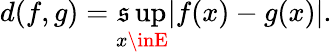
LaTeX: d(f,g)=\operatorname*{\mathfrak{s}up}_{x\inE}|f(x)-g(x)|.